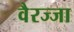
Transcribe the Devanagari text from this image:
वैरज्जा